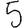
Digit: 5